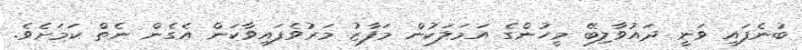
ބުނެފައި ވަނީ ދައުވާލިބޭ މީހުންގެ އަމަލަކުން މަފާޒު މަރުވެފައިވާކަން އެގެން ނެތް ކަމަށެވެ.